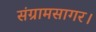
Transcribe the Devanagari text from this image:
संग्रामसागर।